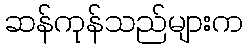
ဆန်ကုန်သည်များက